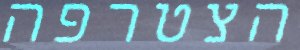
הצטרפה